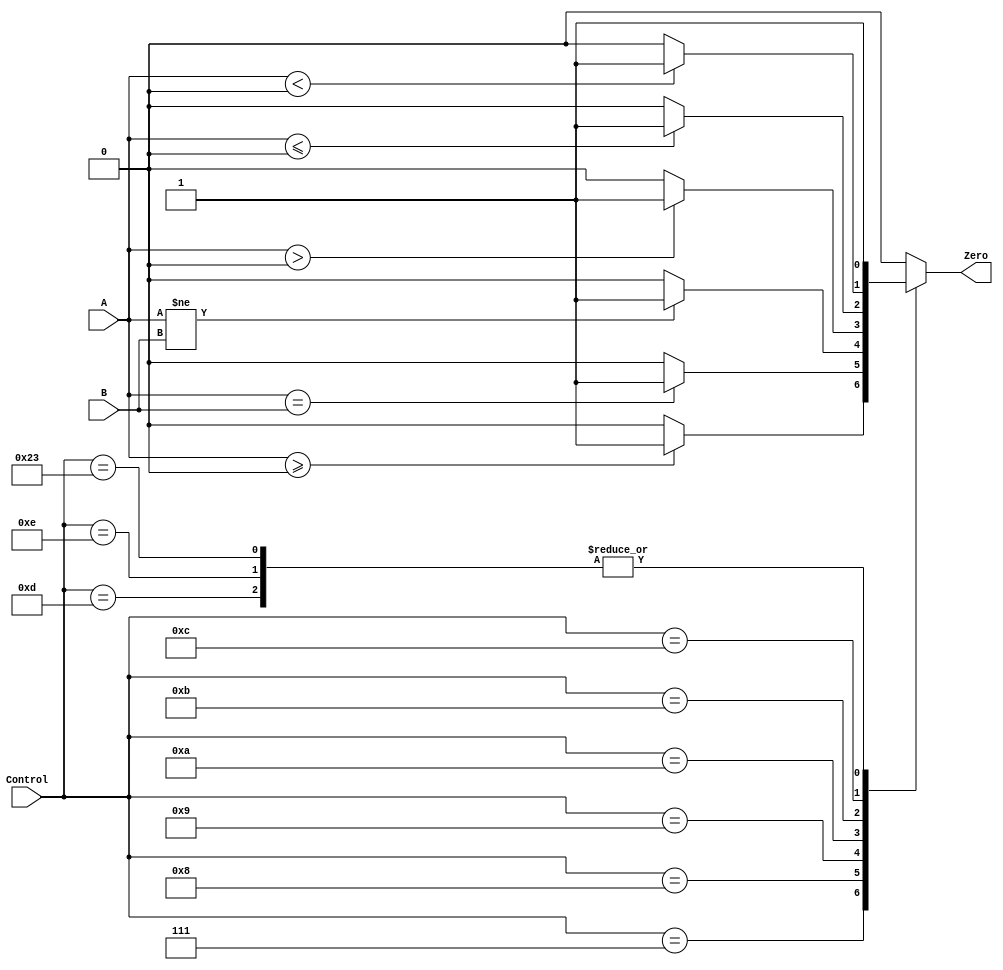
`timescale 1ns / 1ps

module Branch_Jump(Control, A, B, Zero);

    input [5:0] Control;
    input [31:0] A, B;
    output reg Zero;

    initial begin
        Zero <= 0;
    end

    always @(*) begin
        Zero <= 0;
        case (Control)

            6'b000111: begin// bgez
				if ($signed(A) >= 0)
					Zero <= 1;
            end

            6'b001000: begin // beq
				if ($signed(A) == $signed(B))
					Zero <= 1;      
            end

            6'b001001: begin // bne
				if ($signed(A) != $signed(B))
					Zero <= 1;                
            end

            6'b001010: begin // bgtz
				if ($signed(A) > 0)
					Zero <= 1;                
            end

            6'b001011: begin // blez
				if ($signed(A) <= 0)
					Zero <= 1;
            end

			6'b001100: begin // bltz
				if ($signed(A) < 0)
					Zero <= 1;
			end

			6'b001101: begin //j
				Zero <= 1;
			end

			6'b001110: begin // jal
				Zero <= 1;
			end

			6'b100011: begin // jr
				Zero <= 1;
			end
        endcase
    end
endmodule